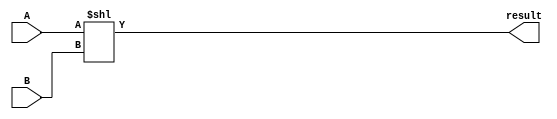
module ShiftLeft(input wire [31:0] A, B, output wire [31:0] result);
	
	assign result = A << B;

endmodule